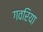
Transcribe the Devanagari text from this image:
गवरिया